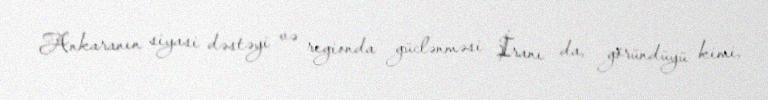
Ankaranın siyasi dəstəyi və regionda güclənməsi İranı da, göründüyü kimi,